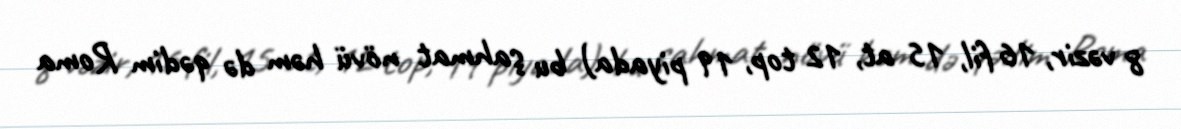
8 vəzir, 16 fil, 15 at, 12 top, 19 piyada) bu şahmat növü həm də qədim Roma